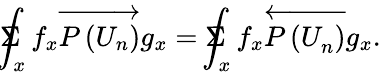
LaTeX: \Sigma\! \! \! \! \! \! \int_{x}f_{x}\overrightarrow{P\left(U_{n}\right)}g_{x}=\Sigma\! \! \! \! \! \! \int_{x}f_{x}\overleftarrow{P\left(U_{n}^{}\right)}g_{x}.